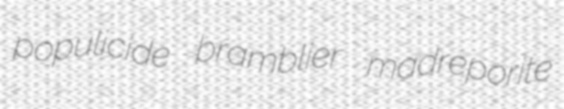
populicide bramblier madreporite